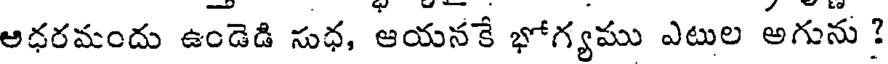
అధరమందు ఉండెడి సుధ, ఆయనకే భోగ్యము ఎటుల అగును ?